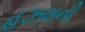
હઝલની